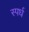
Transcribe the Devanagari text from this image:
स्पर्ध